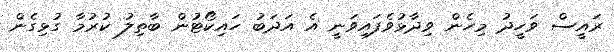
ރައީސް ވަހީދު މިހެން ވިދާޅުވެފައިވަނީ އެ އަދަބު ހައިކޯޓުން ބާތިލު ކުރުމާ ގުޅިގެން